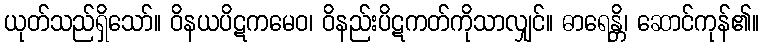
ယုတ်သည်ရှိသော်။ ဝိနယပိဋကမေဝ၊ ဝိနည်းပိဋကတ်ကိုသာလျှင်။ ဓာရေန္တိ၊ ဆောင်ကုန်၏။